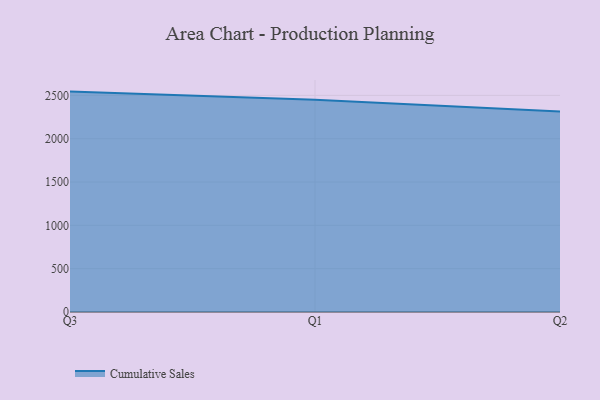
{"axis": {"x": "Quarter", "y": "Population (Million)"}, "legend": ["Cumulative Sales"], "data": [{"x": "Q3", "y": 2543.6, "type": "Cumulative Sales"}, {"x": "Q1", "y": 2448.8, "type": "Cumulative Sales"}, {"x": "Q2", "y": 2312.8, "type": "Cumulative Sales"}]}